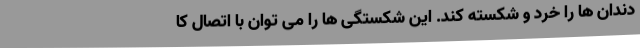
دندان ها را خرد و شکسته کند. این شکستگی ها را می توان با اتصال کا